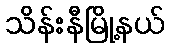
သိန်းနီမြို့နယ်